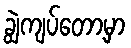
ချွဲကျပ်တော့မှာ